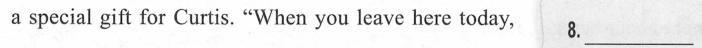
a special git for Curtis. "When you leave here today, 8.___